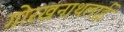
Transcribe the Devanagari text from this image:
गोरखनाथलाई